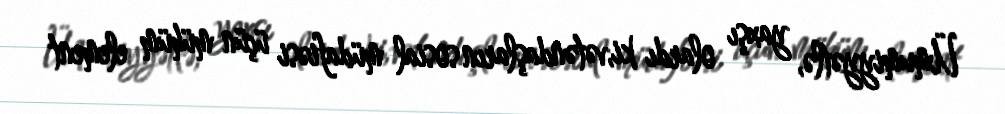
Ümumiyyətlə, yaxşı olardı ki,vətəndaşların sosial müdafiəsi üçün mühüm element